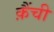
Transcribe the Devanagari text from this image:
क़ैंची